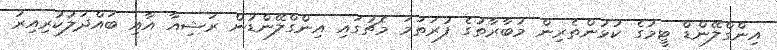
އިންގްލޭންޑް ޓީމުގެ ކުޅުންތެރިން މުބާރާތުގެ ފުރަތަމަ މެޗުގައި އިންގްލޭންޑުން ރަޝިއާ އާއި ބައްދަލުކުރިއިރު